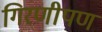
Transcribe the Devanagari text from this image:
गिरणीपण